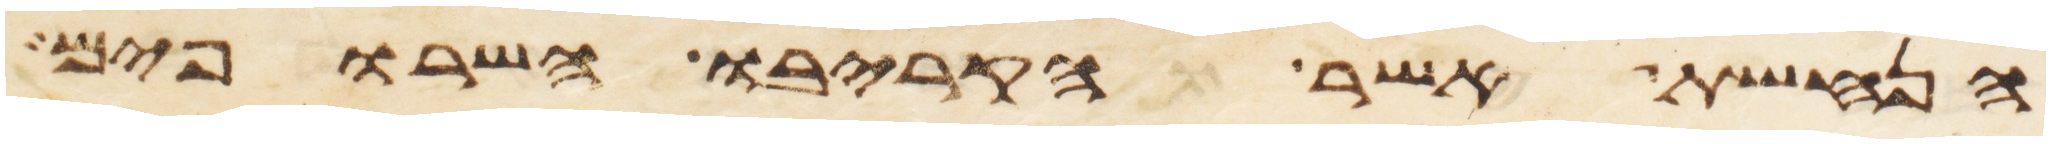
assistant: הנחשת אשר הקריבו השרופים